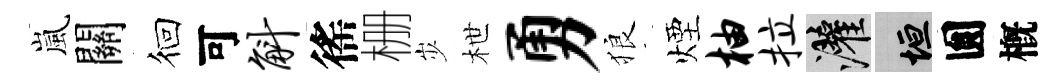
嵐關徊可斛徭栅𡵯枻勇狼煙柚拉灌垣圎槪